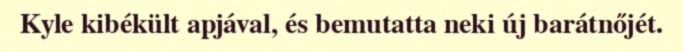
Kyle kibékült apjával, és bemutatta neki új barátnőjét.